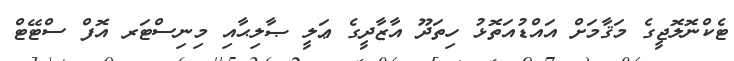
ޓެކްނޮލޮޖީގެ މަޤާމަށް އައްޑުއަތޮޅު ހިތަދޫ އާޒާދީގެ ޢަލީ ޞާލިޙާއި މިނިސްޓަރ އޮފް ސްޓޭޓް